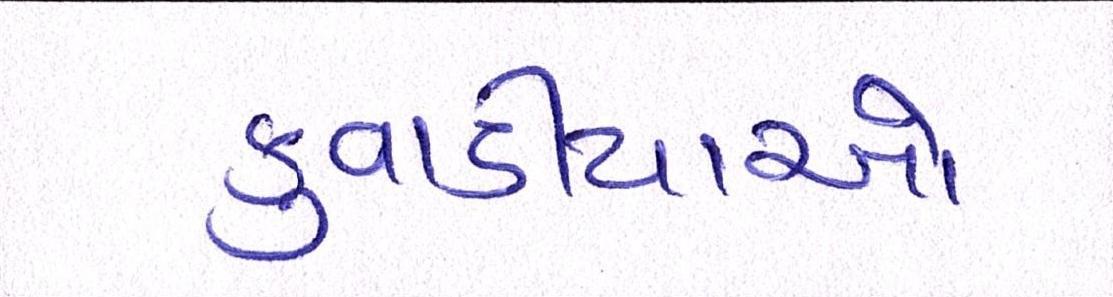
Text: કુવાડીયાઓ